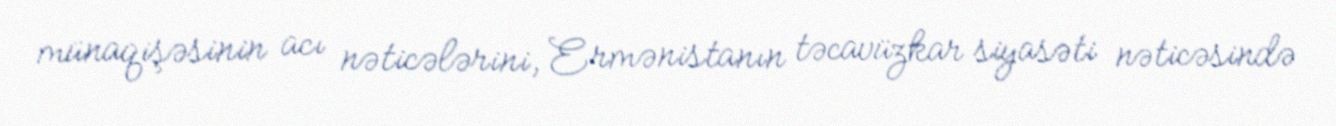
münaqişəsinin acı nəticələrini, Ermənistanın təcavüzkar siyasəti nəticəsində